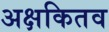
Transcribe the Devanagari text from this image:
अक्षकितव